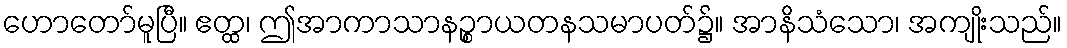
ဟောတော်မူပြီ။ ဧတ္ထ၊ ဤအာကာသာနဉ္စာယတနသမာပတ်၌။ အာနိသံသော၊ အကျိုးသည်။